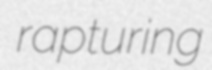
rapturing